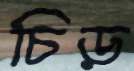
চিড়